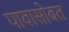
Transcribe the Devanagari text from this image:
पावासोबत